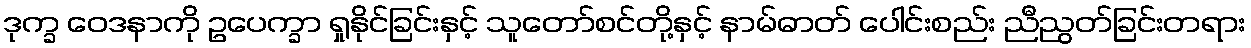
ဒုက္ခ ဝေဒနာကို ဥပေက္ခာ ရှုနိုင်ခြင်းနှင့် သူတော်စင်တို့နှင့် နာမ်ဓာတ် ပေါင်းစည်း ညီညွတ်ခြင်းတရား